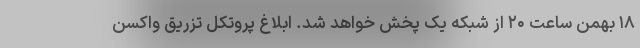
۱۸ بهمن ساعت ۲۰ از شبکه یک پخش خواهد شد. ابلاغ پروتکل تزریق واکسن